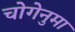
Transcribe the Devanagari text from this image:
चोगेनुमा